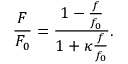
\frac { F } { F _ { 0 } } = \frac { 1 - \frac { f } { f _ { 0 } } } { 1 + \kappa \frac { f } { f _ { 0 } } } .